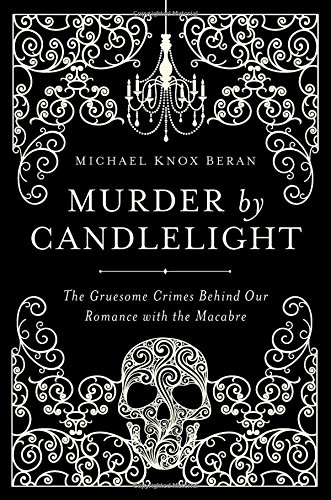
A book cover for Murder by Candlelight: The Gruesome Crimes Behind Our Romance with the Macabre; Michael Knox Beran; Literature & Fiction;